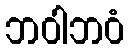
ဘဝါဘဝံ